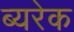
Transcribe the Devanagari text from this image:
ब्यरेक